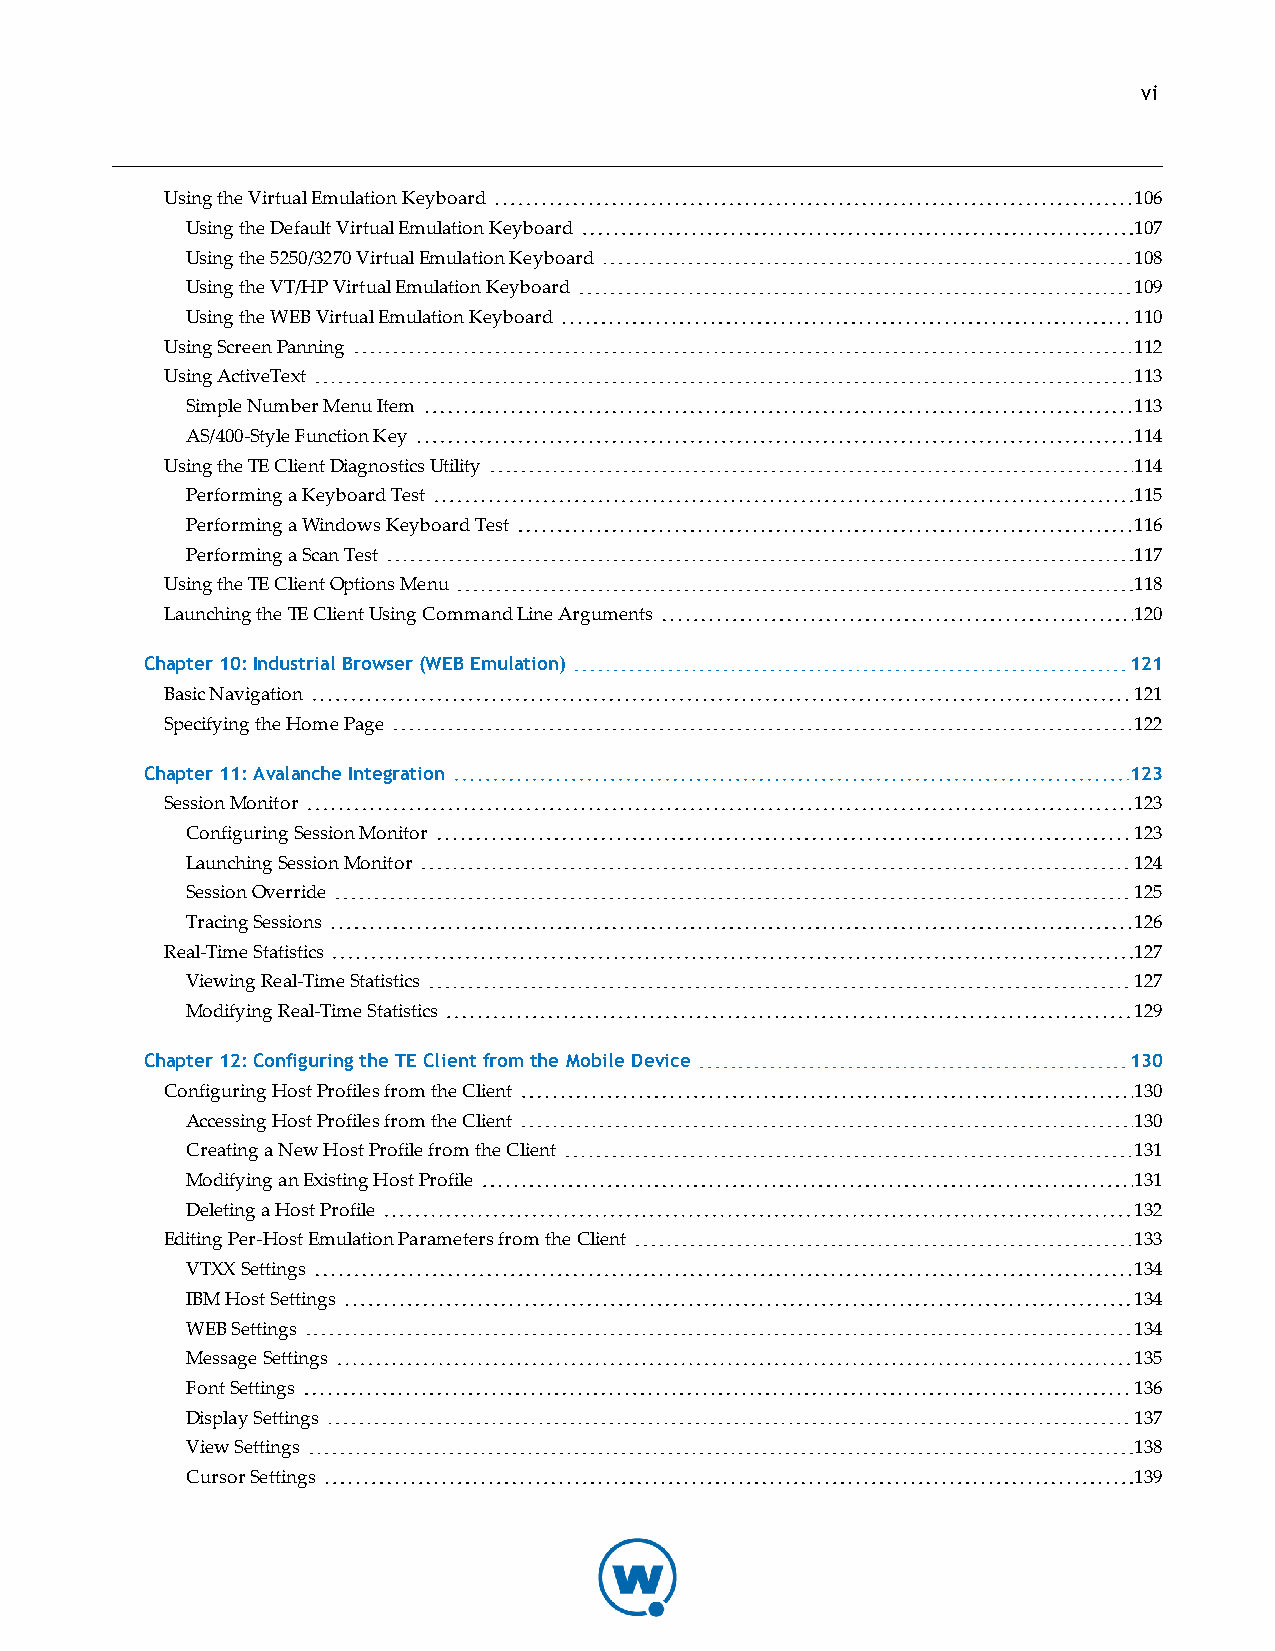
vi
 Using the Virtual Emulation Keyboard                            106
 Using the Default Virtual Emulation Keyboard                   107
 Using the 5250/3270 Virtual Emulation Keyboard                 108
 Using the VT/HP Virtual Emulation Keyboard                     109
 Using the WEB Virtual Emulation Keyboard                       110
 Using Screen Panning                                            112
 Using ActiveText                                                113
 Simple Number Menu Item                                        113
 AS/400-Style Function Key                                      114
 Using the TE Client Diagnostics Utility                         114
 Performing a Keyboard Test                                     115
 Performing a Windows Keyboard Test                             116
 Performing a Scan Test                                         117
 Using the TE Client Options Menu                                118
 Launching the TE Client Using Command Line Arguments            120
 Chapter 10: Industrial Browser (WEB Emulation)                   121
 Basic Navigation                                                121
 Specifying the Home Page                                        122
 Chapter 11: Avalanche Integration                                123
 Session Monitor                                                 123
 Configuring Session Monitor                                    123
 Launching Session Monitor                                      124
 Session Override                                               125
 Tracing Sessions                                               126
 Real-Time Statistics                                            127
 Viewing Real-Time Statistics                                   127
 Modifying Real-Time Statistics                                 129
 Chapter 12: Configuring the TE Client from the Mobile Device     130
 Configuring Host Profiles from the Client                       130
 Accessing Host Profiles from the Client                        130
 Creating a New Host Profile from the Client                    131
 Modifying an Existing Host Profile                             131
 Deleting a Host Profile                                        132
 Editing Per-Host Emulation Parameters from the Client           133
 VTXX Settings                                                  134
 IBM Host Settings                                              134
 WEB Settings                                                   134
 Message Settings                                               135
 Font Settings                                                  136
 Display Settings                                               137
 View Settings                                                  138
 Cursor Settings                                                139